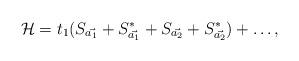
LaTeX: \begin{align*}{\cal H} = t_1 (S_{\vec{a_1}} + S_{\vec{a_1}}^* + S_{\vec{a_2}} +S_{\vec{a_2}}^* ) + \ldots,\end{align*}